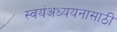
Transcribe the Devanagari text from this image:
स्वयंअध्ययनासाठी